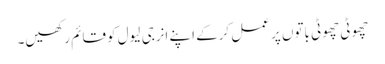
چھوٹی چھوٹی باتوں پر عمل کرکے اپنے انرجی لیول کو قائم رکھیں۔